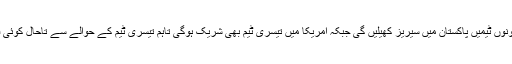
ان کا کہنا تھا کہ دونوں ٹیمیں پاکستان میں سیریز کھیلیں گی جبکہ امریکا میں تیسری ٹیم بھی شریک ہوگی تاہم تیسری ٹیم کے حوالے سے تاحال کوئی فیصلہ نہیں ہوا ہے۔